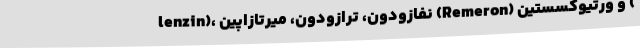
lenzin)، نفازودون، ترازودون، میرتازاپین (Remeron) و ورتیوکسستین (